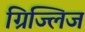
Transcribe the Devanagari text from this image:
ग्रिज्लिज